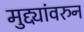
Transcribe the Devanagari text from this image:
मुद्द्यांवरुन